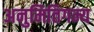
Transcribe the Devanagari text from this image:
अनुमितिगम्य